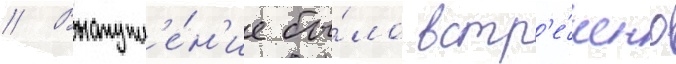
// Выступл'е́н'ие бы́ло встр'е́чено